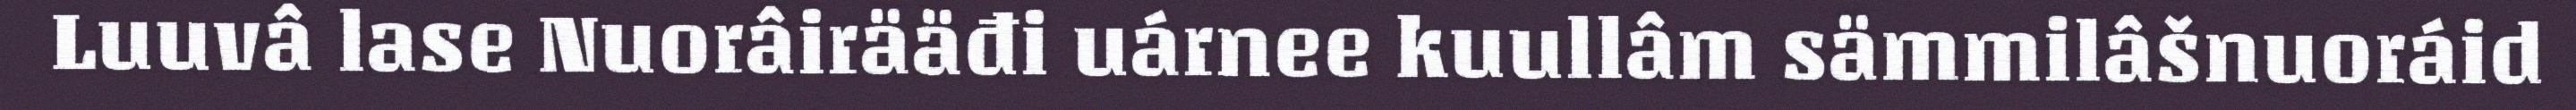
Luuvâ lase Nuorâirääđi uárnee kuullâm sämmilâšnuoráid